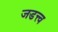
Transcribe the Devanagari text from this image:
जडत्त्व